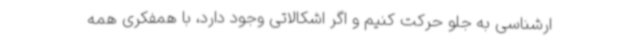
ارشناسی به جلو حرکت کنیم و اگر اشکالاتی وجود دارد، با همفکری همه